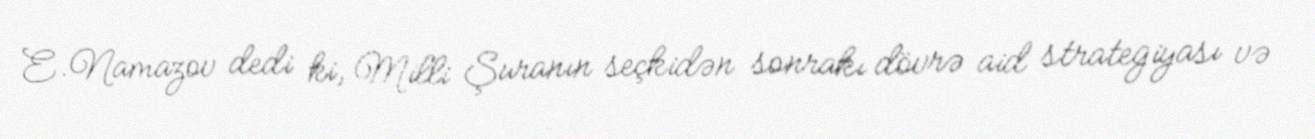
E.Namazov dedi ki, Milli Şuranın seçkidən sonrakı dövrə aid strategiyası və